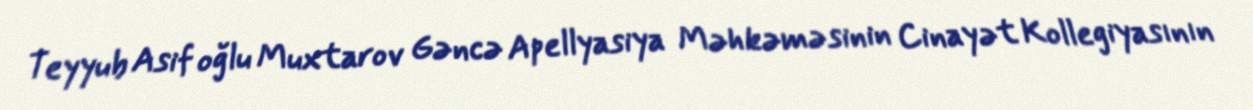
Teyyub Asif oğlu Muxtarov Gəncə Apellyasiya Məhkəməsinin Cinayət Kollegiyasının